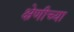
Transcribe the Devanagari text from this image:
क्ष्रेणीच्या